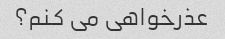
عذرخواهی می کنم؟